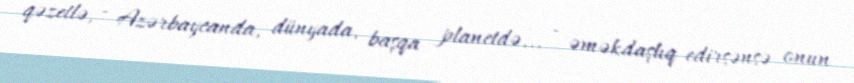
qəzetlə, - Azərbaycanda, dünyada, başqa planetdə... - əməkdaşlıq edirsənsə onun